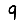
Digit: 9